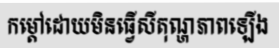
កម្តៅដោយមិនធ្វើសីតុណ្ហភាពឡើង